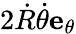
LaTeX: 2{\dot{R}}{\dot{\theta}}{\textbf{e}}_{\theta}